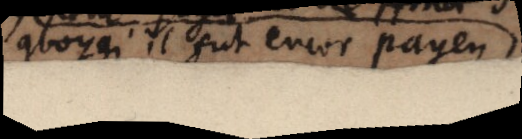
quoyqu’il fut encor payen